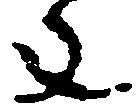
年